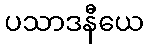
ပသာဒနီယေ